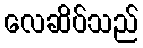
လေဆိပ်သည်